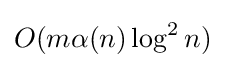
O(m\alpha (n)\log ^{2}n)